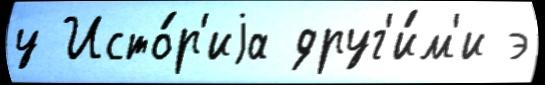
у Исто́р'иjа друг'и́м'и э